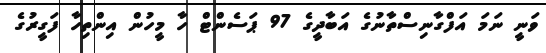
ވަނީ ނަމަ އަފްގާނިސްތާނުގެ އަބާދީގެ 97 ޕަސެންޓް ހާ މީހުން އިންތިހާ ފަގީރުގެ